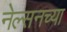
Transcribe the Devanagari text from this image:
नेल्सनच्या